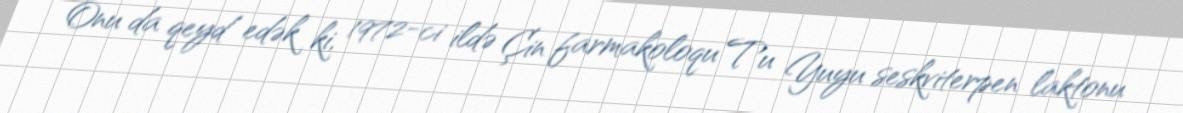
Onu da qeyd edək ki, 1972-ci ildə Çin farmakoloqu Tu Yuyu seskviterpen laktonu